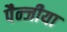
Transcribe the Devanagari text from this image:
पैन्जीया